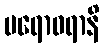
ပရောဝရာနိ